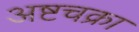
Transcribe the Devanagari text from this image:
अष्टचक्रा